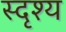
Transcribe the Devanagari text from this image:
स्दृश्य